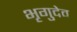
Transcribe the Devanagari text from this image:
भृगुदेव